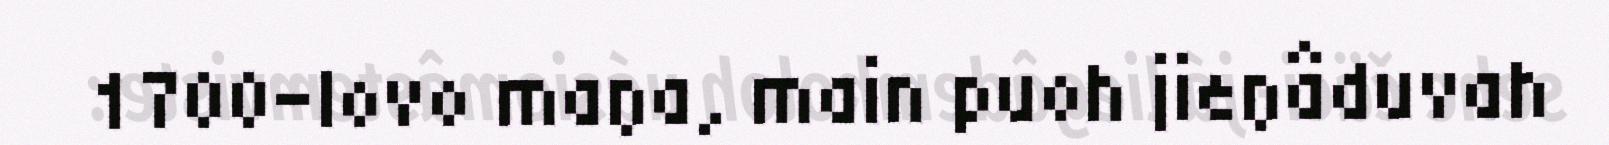
1700-lovo maŋa, main puoh jieŋâduvah